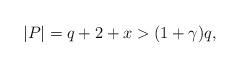
LaTeX: \begin{align*}|P|=q+2+x > (1+ \gamma) q,\end{align*}